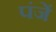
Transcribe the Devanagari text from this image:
पंजें